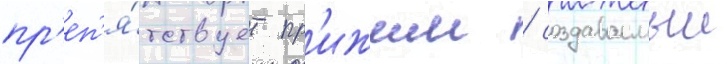
пр'еп'я́тствует пр'ижим / создаваемыи